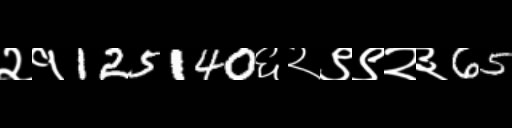
Text: २१125140६२९९२३65